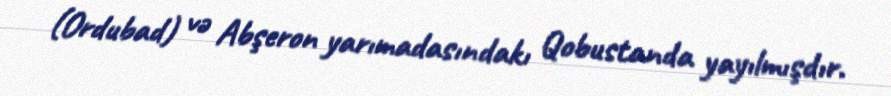
(Ordubad) və Abşeron yarımadasındakı Qobustanda yayılmışdır.